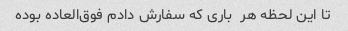
تا این لحظه هر  باری که سفارش دادم فوق‌العاده بوده